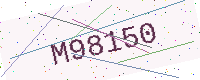
Text: M98150